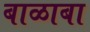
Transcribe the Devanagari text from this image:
बाळाबा